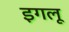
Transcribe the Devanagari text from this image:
इगलू